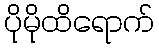
ပိုမိုထိရောက်